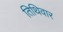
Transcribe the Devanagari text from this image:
तिथिवार